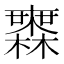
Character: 𣟒